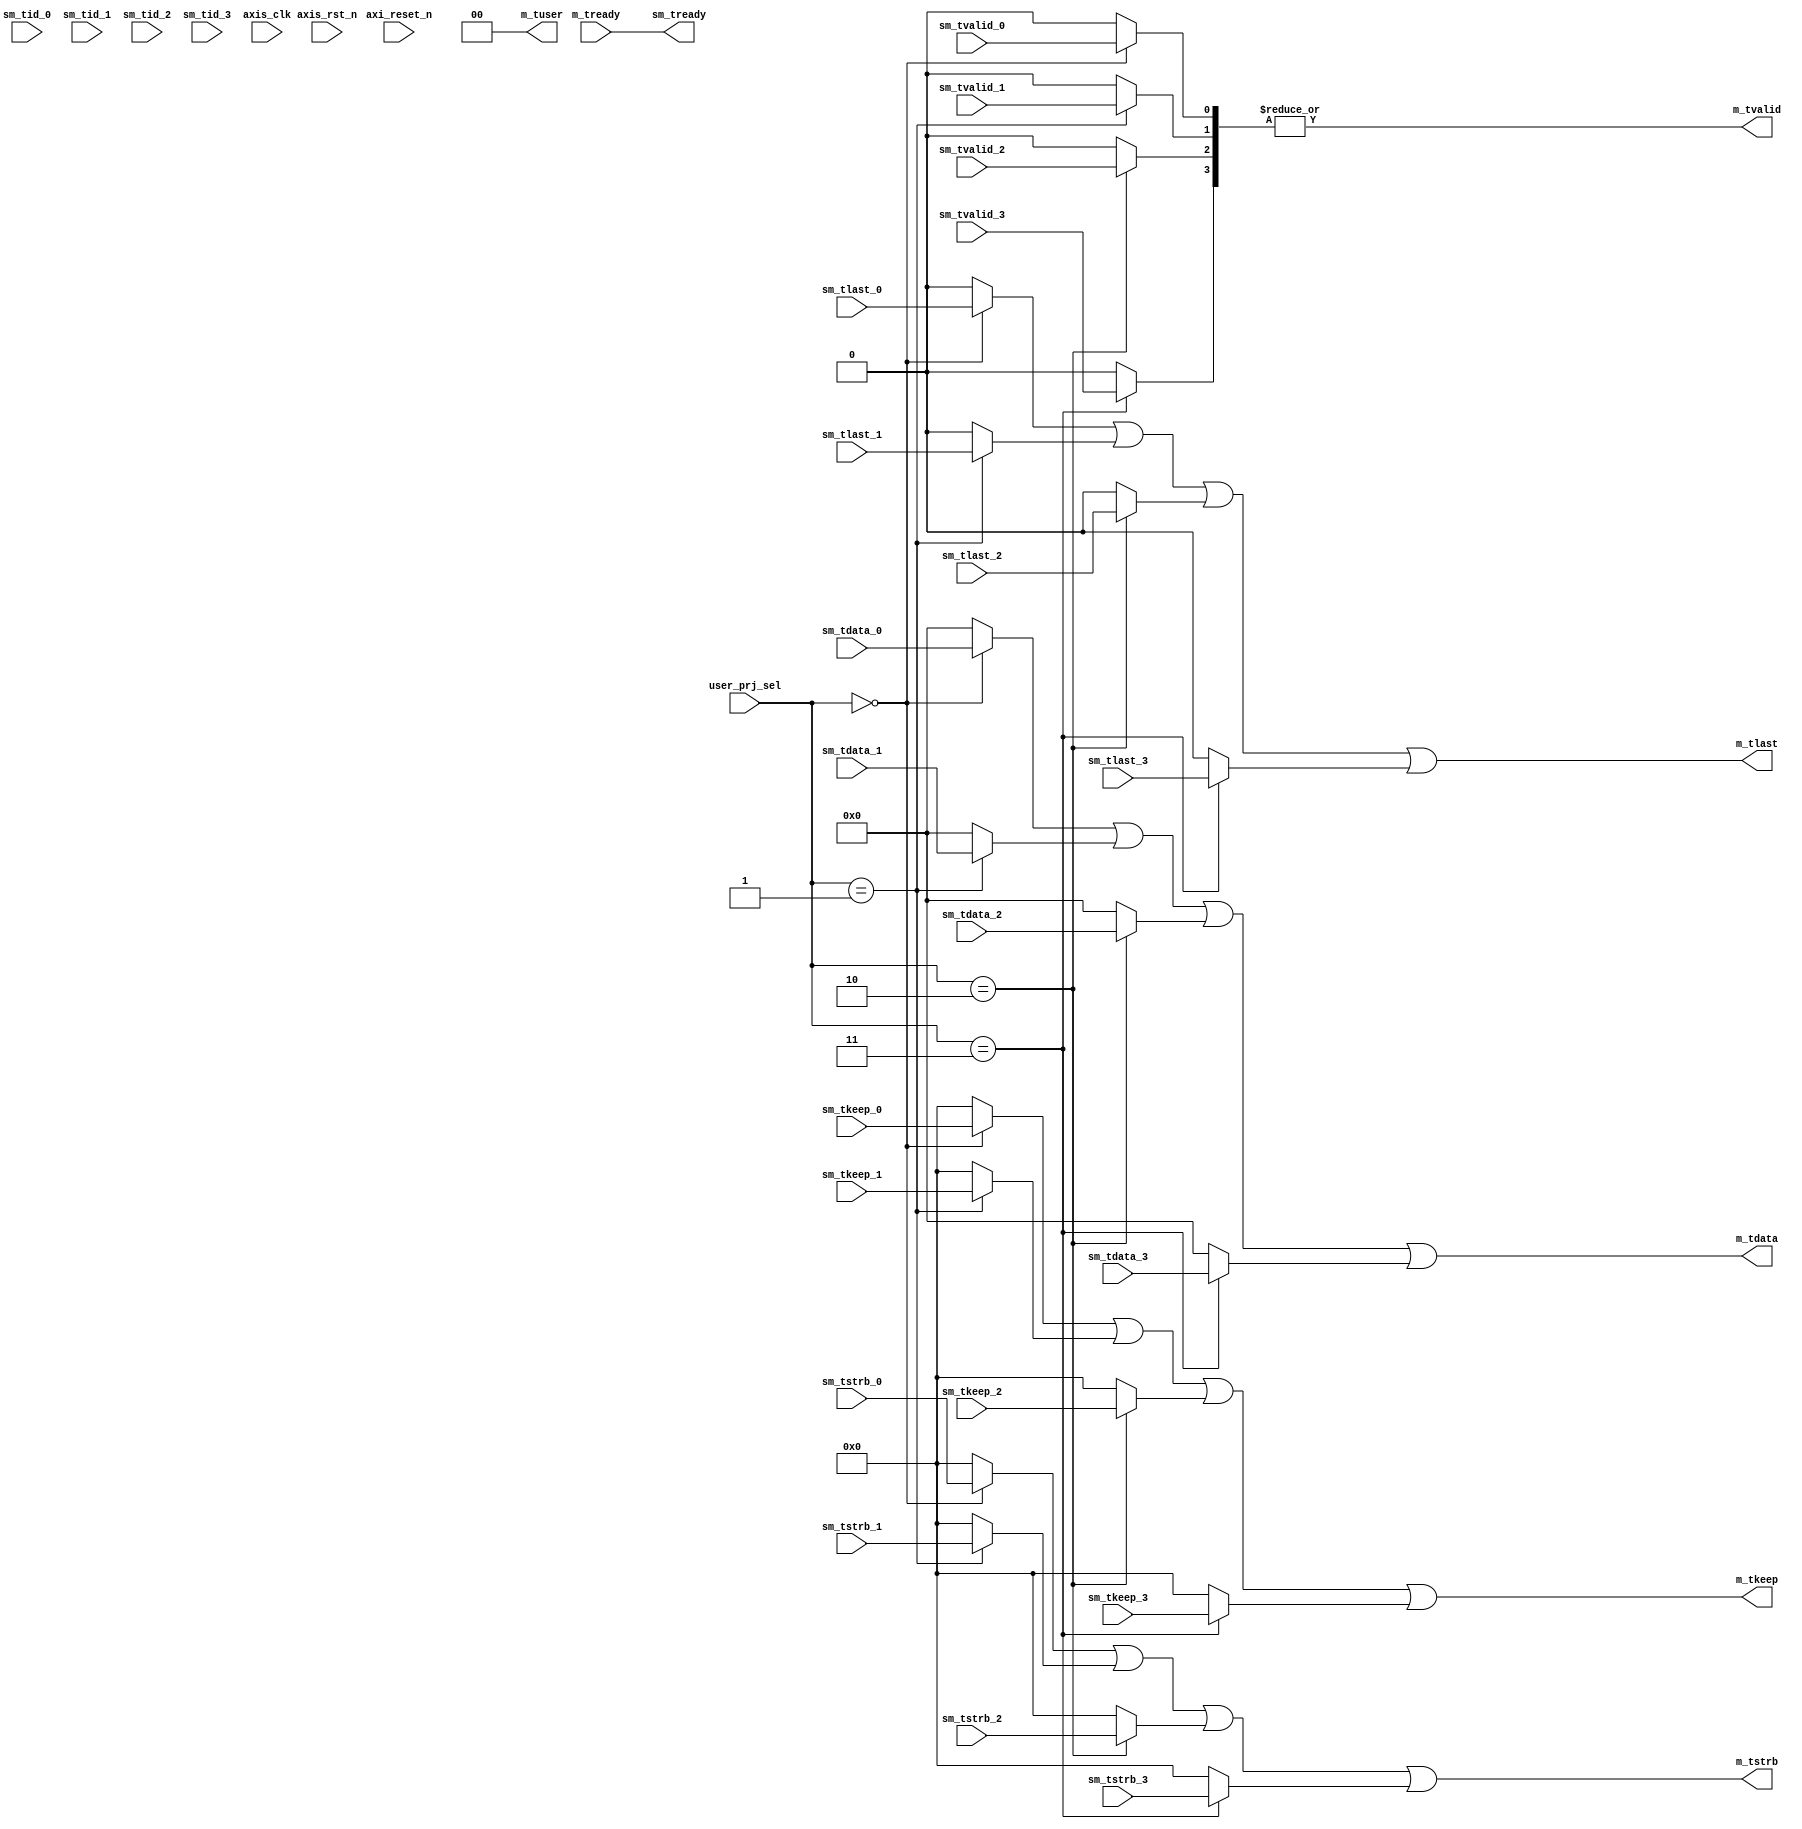
//////////////////////////////////////////////////////////////////////////////////
//
// Design Name:
// Module Name: AXIS_MSTR
// Project Name:
// Target Devices:
// Tool Versions:
// Description:
//
// Dependencies:
//
// Revision:
// Revision 0.01 - File Created
// Additional Comments:
//
//////////////////////////////////////////////////////////////////////////////////
module AXIS_MSTR #( parameter pUSER_PROJECT_SIDEBAND_WIDTH = 5,
          parameter pADDR_WIDTH   = 12,
                    parameter pDATA_WIDTH   = 32
                  )
(
  output wire                        sm_tready,
  input  wire                        sm_tvalid_0,
  input  wire  [(pDATA_WIDTH-1) : 0] sm_tdata_0,
  input  wire                 [2: 0] sm_tid_0,
`ifdef USER_PROJECT_SIDEBAND_SUPPORT
  input  wire                 [pUSER_PROJECT_SIDEBAND_WIDTH-1: 0] sm_tupsb_0,
`endif
  input  wire                 [3: 0] sm_tstrb_0,
  input  wire                 [3: 0] sm_tkeep_0,
  input  wire                        sm_tlast_0,
  input  wire                        sm_tvalid_1,
  input  wire  [(pDATA_WIDTH-1) : 0] sm_tdata_1,
  input  wire                 [2: 0] sm_tid_1,
`ifdef USER_PROJECT_SIDEBAND_SUPPORT
  input  wire                 [pUSER_PROJECT_SIDEBAND_WIDTH-1: 0] sm_tupsb_1,
`endif
  input  wire                 [3: 0] sm_tstrb_1,
  input  wire                 [3: 0] sm_tkeep_1,
  input  wire                        sm_tlast_1,
  input  wire                        sm_tvalid_2,
  input  wire  [(pDATA_WIDTH-1) : 0] sm_tdata_2,
  input  wire                 [2: 0] sm_tid_2,
`ifdef USER_PROJECT_SIDEBAND_SUPPORT
  input  wire                 [pUSER_PROJECT_SIDEBAND_WIDTH-1: 0] sm_tupsb_2,
`endif
  input  wire                 [3: 0] sm_tstrb_2,
  input  wire                 [3: 0] sm_tkeep_2,
  input  wire                        sm_tlast_2,
  input  wire                        sm_tvalid_3,
  input  wire  [(pDATA_WIDTH-1) : 0] sm_tdata_3,
  input  wire                 [2: 0] sm_tid_3,
`ifdef USER_PROJECT_SIDEBAND_SUPPORT
  input  wire                 [pUSER_PROJECT_SIDEBAND_WIDTH-1: 0] sm_tupsb_3,
`endif
  input  wire                 [3: 0] sm_tstrb_3,
  input  wire                 [3: 0] sm_tkeep_3,
  input  wire                        sm_tlast_3,
  input  wire                        m_tready,
  output wire                        m_tvalid,
  output wire  [(pDATA_WIDTH-1) : 0] m_tdata,
  output wire                 [1: 0] m_tuser,
  `ifdef USER_PROJECT_SIDEBAND_SUPPORT
   output  wire                 [pUSER_PROJECT_SIDEBAND_WIDTH-1: 0] m_tupsb,
  `endif
  output wire                 [3: 0] m_tstrb,
  output wire                 [3: 0] m_tkeep,
  output wire                        m_tlast,
  input  wire                        axis_clk,
  input  wire                        axi_reset_n,
  input  wire                        axis_rst_n,
  input  wire                 [4: 0] user_prj_sel
);

//common part
assign sm_tready =  m_tready;

//bus
wire [3:0] sm_tvalid_bus;
assign  m_tvalid = |sm_tvalid_bus;

wire [(pDATA_WIDTH-1) : 0] sm_tdata_bus[3:0];
assign  m_tdata = sm_tdata_bus[0] | sm_tdata_bus[1] | sm_tdata_bus[2] | sm_tdata_bus[3];

//wire [2: 0] sm_tid_bus;

`ifdef USER_PROJECT_SIDEBAND_SUPPORT
  wire [pUSER_PROJECT_SIDEBAND_WIDTH-1: 0] sm_tupsb_bus[3:0];
  assign  m_tupsb = sm_tupsb_bus[0] | sm_tupsb_bus[1] | sm_tupsb_bus[2] | sm_tupsb_bus[3];
`endif

wire [3: 0] sm_tstrb_bus[3:0];
assign  m_tstrb = sm_tstrb_bus[0] | sm_tstrb_bus[1] | sm_tstrb_bus[2] | sm_tstrb_bus[3];

wire [3: 0] sm_tkeep_bus[3:0];
assign  m_tkeep = sm_tkeep_bus[0] | sm_tkeep_bus[1] | sm_tkeep_bus[2] | sm_tkeep_bus[3];

wire [3: 0] sm_tlast_bus[3:0];
assign  m_tlast = sm_tlast_bus[0] | sm_tlast_bus[1] | sm_tlast_bus[2] | sm_tlast_bus[3];

//user project 0 
assign sm_tvalid_bus[0] =  (user_prj_sel == 5'b00000)  ? sm_tvalid_0 : 0;
assign sm_tdata_bus[0] = (user_prj_sel == 5'b00000)  ? sm_tdata_0 : 0;
`ifdef USER_PROJECT_SIDEBAND_SUPPORT
  assign sm_tupsb_bus[0] = (user_prj_sel == 5'b00000)  ? sm_tupsb_0 : 0;
`endif
assign sm_tstrb_bus[0] = (user_prj_sel == 5'b00000)  ? sm_tstrb_0 : 0;
assign sm_tkeep_bus[0] = (user_prj_sel == 5'b00000)  ? sm_tkeep_0 : 0;
assign sm_tlast_bus[0] = (user_prj_sel == 5'b00000)  ? sm_tlast_0 : 0;

//user project 1 
assign sm_tvalid_bus[1] =  (user_prj_sel == 5'b00001)  ? sm_tvalid_1 : 0;
assign sm_tdata_bus[1] = (user_prj_sel == 5'b00001)  ? sm_tdata_1 : 0;
`ifdef USER_PROJECT_SIDEBAND_SUPPORT
  assign sm_tupsb_bus[1] = (user_prj_sel == 5'b00001)  ? sm_tupsb_1 : 0;
`endif
assign sm_tstrb_bus[1] = (user_prj_sel == 5'b00001)  ? sm_tstrb_1 : 0;
assign sm_tkeep_bus[1] = (user_prj_sel == 5'b00001)  ? sm_tkeep_1 : 0;
assign sm_tlast_bus[1] = (user_prj_sel == 5'b00001)  ? sm_tlast_1 : 0;

//user project 2 
assign sm_tvalid_bus[2] =  (user_prj_sel == 5'b00010)  ? sm_tvalid_2 : 0;
assign sm_tdata_bus[2] = (user_prj_sel == 5'b00010)  ? sm_tdata_2 : 0;
`ifdef USER_PROJECT_SIDEBAND_SUPPORT
  assign sm_tupsb_bus[2] = (user_prj_sel == 5'b00010)  ? sm_tupsb_2 : 0;
`endif
assign sm_tstrb_bus[2] = (user_prj_sel == 5'b00010)  ? sm_tstrb_2 : 0;
assign sm_tkeep_bus[2] = (user_prj_sel == 5'b00010)  ? sm_tkeep_2 : 0;
assign sm_tlast_bus[2] = (user_prj_sel == 5'b00010)  ? sm_tlast_2 : 0;

//user project 3 
assign sm_tvalid_bus[3] =  (user_prj_sel == 5'b00011)  ? sm_tvalid_3 : 0;
assign sm_tdata_bus[3] = (user_prj_sel == 5'b00011)  ? sm_tdata_3 : 0;
`ifdef USER_PROJECT_SIDEBAND_SUPPORT
  assign sm_tupsb_bus[3] = (user_prj_sel == 5'b00011)  ? sm_tupsb_3 : 0;
`endif
assign sm_tstrb_bus[3] = (user_prj_sel == 5'b00011)  ? sm_tstrb_3 : 0;
assign sm_tkeep_bus[3] = (user_prj_sel == 5'b00011)  ? sm_tkeep_3 : 0;
assign sm_tlast_bus[3] = (user_prj_sel == 5'b00011)  ? sm_tlast_3 : 0;

assign m_tuser       = 2'b00;    //MUST be 2'b00 for user project output axis from UP to AS.


endmodule // AXIS_MSTR